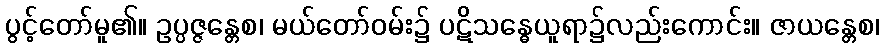
ပွင့်တော်မူ၏။ ဥပ္ပဇ္ဇန္တေစ၊ မယ်တော်ဝမ်း၌ ပဋိသန္ဓေယူရာ၌လည်းကောင်း။ ဇာယန္တေစ၊